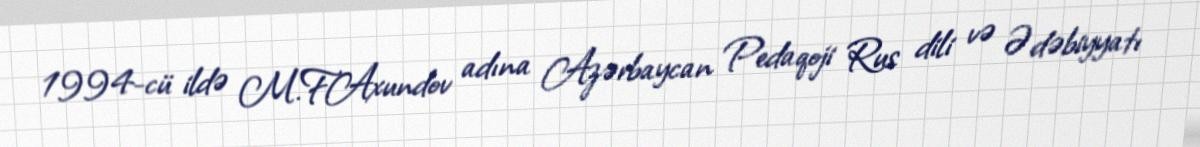
1994-cü ildə M.F.Axundov adına Azərbaycan Pedaqoji Rus dili və Ədəbiyyatı